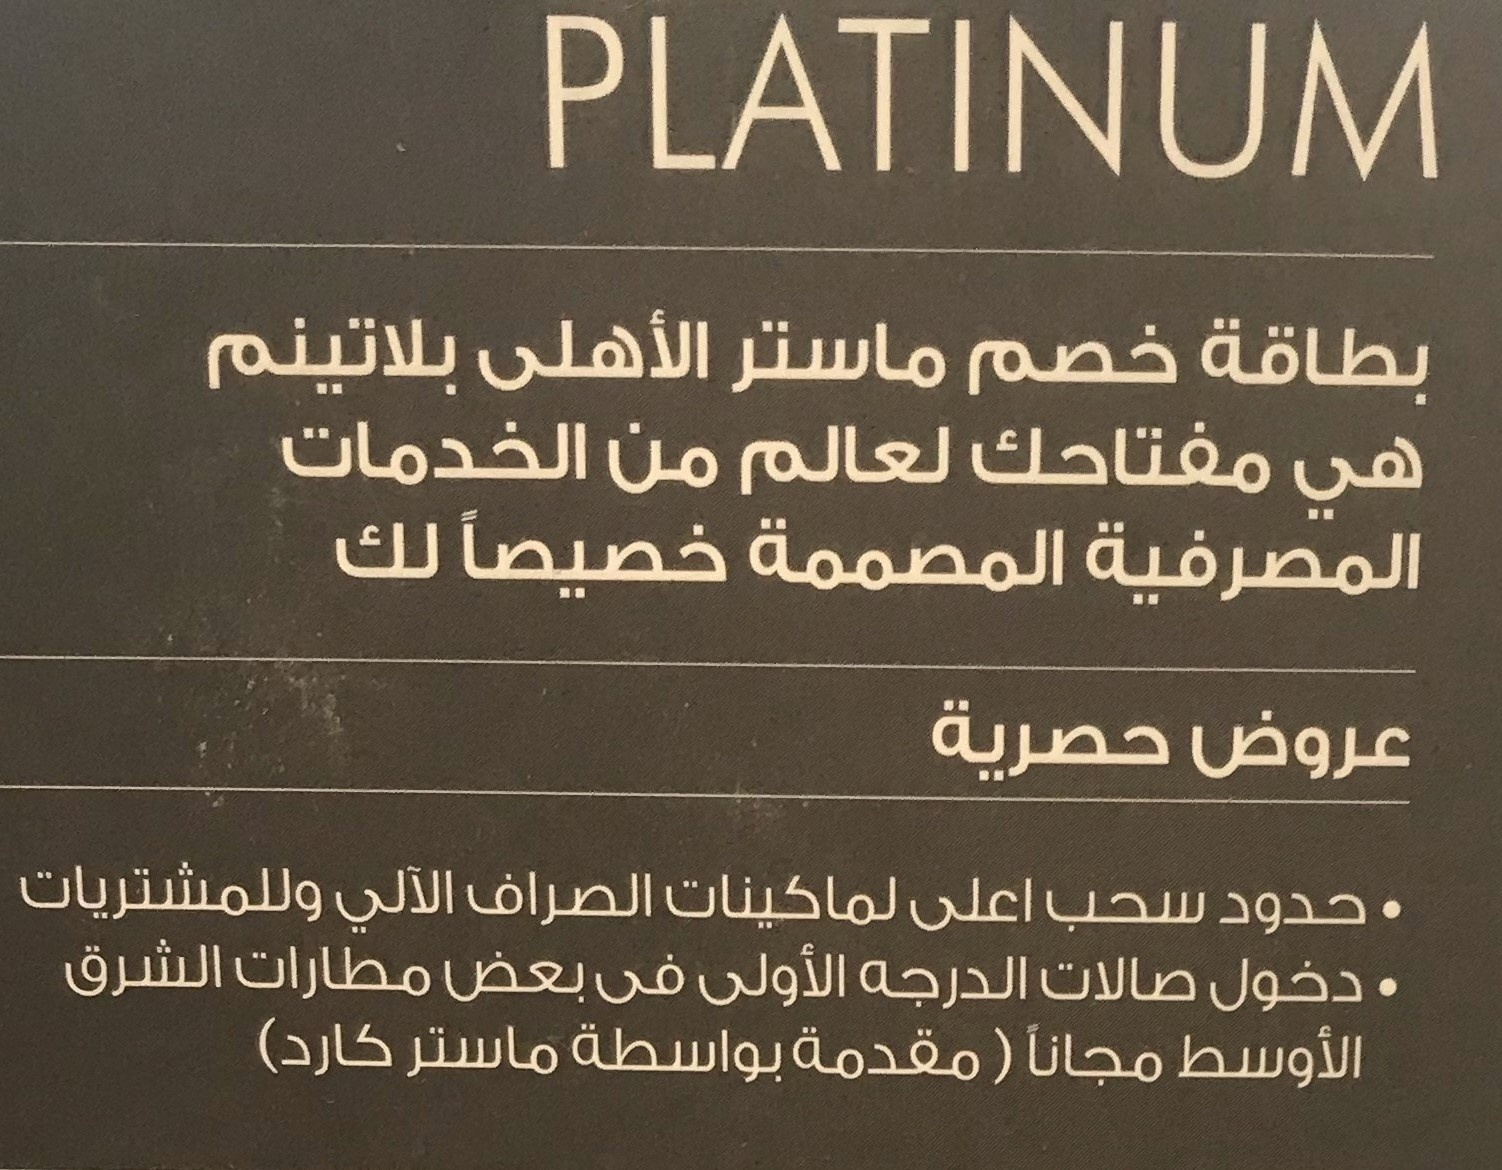
Text in image: الأهلى ماستر بلاتينم بطاقة خصم الخدمات لعالم من مفتاحك هي لك المصممة خصيصاً المصرفية حصرية عروض وللمشتريات الصراف الآلي لماكينات اعلى سحب حدود الشرق مطارات الأولى بعض صالات فى الدرجه دخول كارد) ماستر بواسطة مقدمة الأوسط مجانا PLATINUM